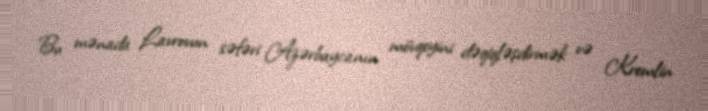
Bu mənada Lavrovun səfəri Azərbaycanın mövqeyini dəqiqləşdirmək və Kremlin